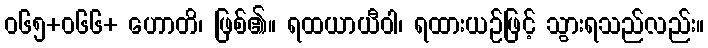
ဝ၆၅+၀၆၆+ ဟောတိ၊ ဖြစ်၏။ ရထယာယီဝါ၊ ရထားယဉ်ဖြင့် သွားရသည်လည်း။